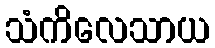
သံကိလေသာယ